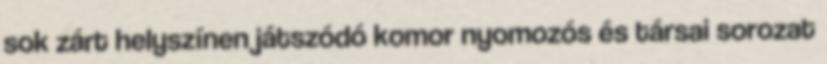
sok zárt helyszínen játszódó komor nyomozós és társai sorozat